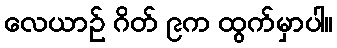
လေယာဉ် ဂိတ် ၉က ထွက်မှာပါ။